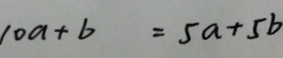
1 0 a + b = 5 a + 5 b